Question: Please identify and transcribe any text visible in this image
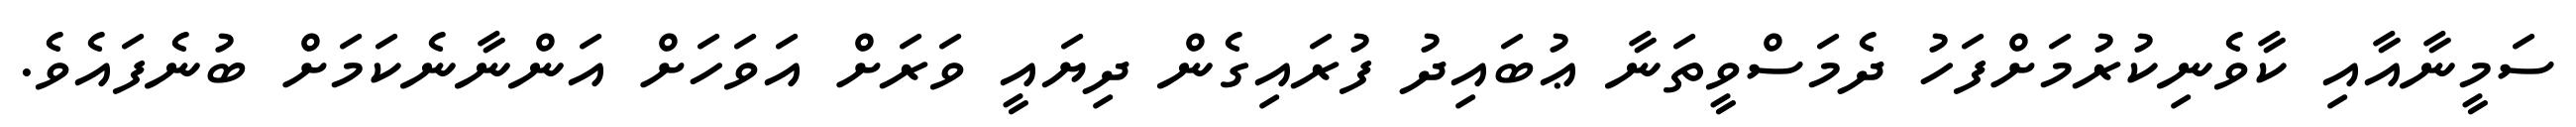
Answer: ސަމީނާއާއި ކާވެނިކުރުމަށްފަހު ދެމަސްވީތަނާ ޢުބައިދު ފުރައިގެން ދިޔައީ ވަރަށް އަވަހަށް އަންނާނެކަމަށް ބުނެފައެވެ.